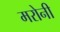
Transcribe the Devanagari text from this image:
मरोनी